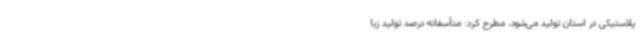
پلاستیکی در استان تولید می‌شود، مطرح کرد: متأسفانه درصد تولید زبا